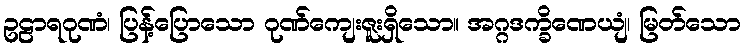
ဥဠာရဂုဏံ၊ ပြန့်ပြောသော ဂုဏ်ကျေးဇူးရှိသော။ အဂ္ဂဒက္ခိဏေယျံ၊ မြတ်သော